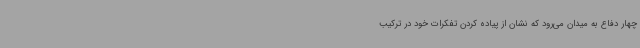
چهار دفاع به میدان می‌رود که نشان از پیاده کردن تفکرات خود در ترکیب